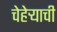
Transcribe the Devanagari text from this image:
चेहेऱ्याची